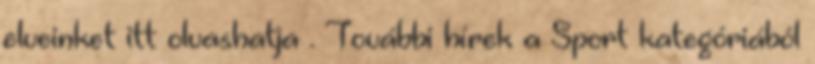
elveinket itt olvashatja . További hírek a Sport kategóriából